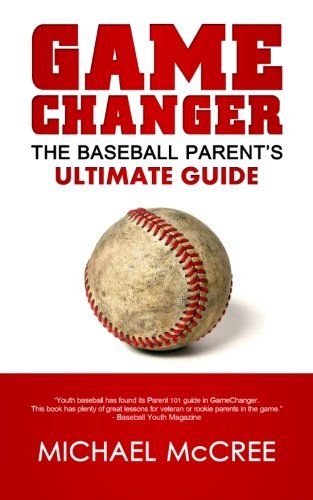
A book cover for GameChanger: The Baseball Parent's Ultimate Guide; Michael McCree; Sports & Outdoors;